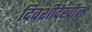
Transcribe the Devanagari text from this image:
दिवशीदेखील